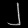
Digit: ၂